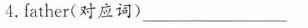
4.father(对应词) ___